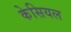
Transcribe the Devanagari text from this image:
केसियल